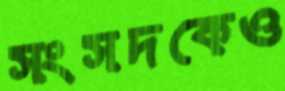
সংসদকেও